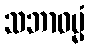
သဘာဓမ္မံ